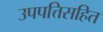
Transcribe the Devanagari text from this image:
उपपत्तिसहित